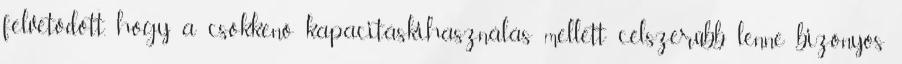
felvetődött, hogy a csökkenő kapacitáskihasználás mellett célszerűbb lenne bizonyos